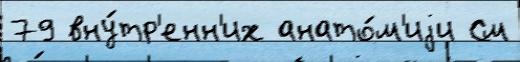
79 вну́тр'енн'их анато́м'иjи См